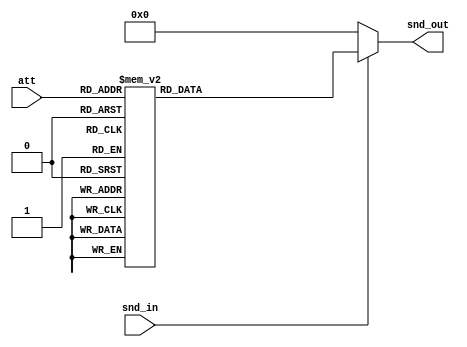
module attenuator(
		  input 	snd_in,
		  input [3:0] 	att, 
		  output [5:0] 	snd_out
		  );
   reg [5:0] 			snd;
 
   always@*
     begin
	if(snd_in==0)snd<=0;
	else
	  begin
	     case(att)
	       0:snd<=63;
	       1:snd<=50;
	       2:snd<=40;
	       3:snd<=32;
	       4:snd<=25;
	       5:snd<=20;
	       6:snd<=16;
	       7:snd<=13;
	       8:snd<=10;
	       9:snd<=8;
	       10:snd<=6;
	       11:snd<=6;
	       12:snd<=4;
	       13:snd<=3;
	       14:snd<=2;
	       15:snd<=0;
	       default:snd<=0;
	     endcase // case (att)
	  end // else: !if(snd_in==0)
     end // always@ *
   assign snd_out=snd;
   
endmodule // attenuator